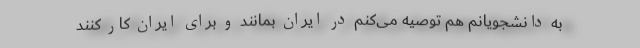
به دانشجویانم هم توصیه می‌کنم در ایران بمانند و برای ایران کار کنند